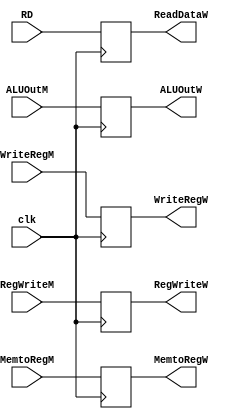
`timescale 1ns / 1ps
//////////////////////////////////////////////////////////////////////////////////
// Company: 
// Engineer: 
// 
// Design Name: 
// Module Name:    W_Reg 
// Project Name: 
// Target Devices: 
// Tool versions: 
// Description: 
//
// Dependencies: 
//
// Revision: 
// Revision 0.01 - File Created
// Additional Comments: 
//
//////////////////////////////////////////////////////////////////////////////////
module W_Reg(
   input clk,
	input RegWriteM,
	input MemtoRegM,
	input [31:0]RD,
	input [31:0]ALUOutM,
	input [4:0]WriteRegM,
	output reg RegWriteW,
	output reg MemtoRegW,
	output reg [31:0]ReadDataW,
	output reg [31:0]ALUOutW,
	output reg [4:0]WriteRegW
    );
always@(posedge clk)
begin
   RegWriteW <= RegWriteM;
	MemtoRegW <= MemtoRegM;
   ReadDataW <= RD;
	ALUOutW   <= ALUOutM;
	WriteRegW <= WriteRegM;
end

endmodule